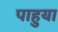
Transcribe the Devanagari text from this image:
पाहुया